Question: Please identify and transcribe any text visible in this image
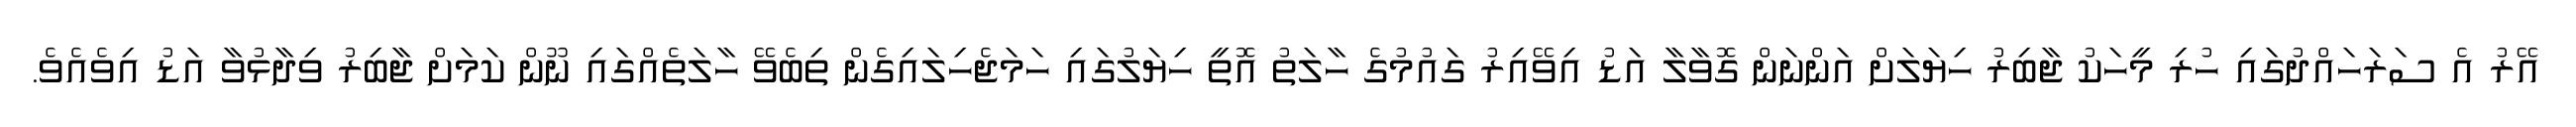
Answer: އޭރު އެ ސަރަހައްދުގައި ހުރި މީހަކު ޖާބިރު ހިޔަލަށް އަންނަން ގޮވާލާ އަޑު އިވޭއިރު ގައުމުގެ ހާލަތު އޮތީ ހިޔަލުގައި ހަމަޖެހިލައިގެން ތިބެވޭ ހާލަތެއްގައި ނޫން ކަމަށް ޖާބިރު ވިދާޅުވާ އަޑު އިވެއެވެ.